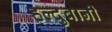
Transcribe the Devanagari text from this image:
हल्दुवानी